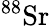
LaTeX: ^{88}\mathrm{Sr}